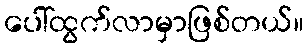
ပေါ်ထွက်လာမှာဖြစ်တယ်။